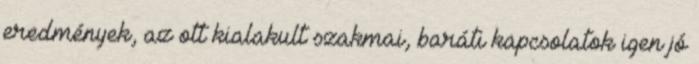
eredmények, az ott kialakult szakmai, baráti kapcsolatok igen jó